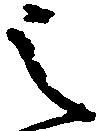
之